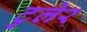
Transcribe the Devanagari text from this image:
टुलेर